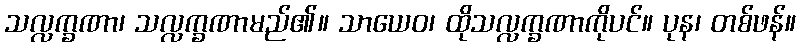
သလ္လက္ခဏာ၊ သလ္လက္ခဏာမည်၏။ သာယေဝ၊ ထိုသလ္လက္ခဏာကိုပင်။ ပုန၊ တစ်ဖန်။